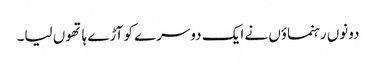
دونوں رہنماؤں نے ایک دوسرے کو آڑے ہاتھوں لیا۔